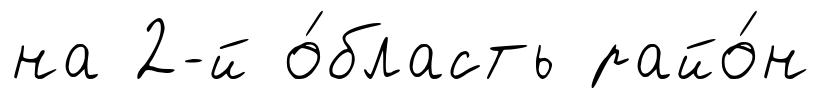
на 2-й о́бласть райо́н